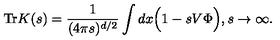
\mathrm { T r } K ( s ) = \frac { 1 } { ( 4 \pi s ) ^ { d / 2 } } \int d x \Big ( 1 - s V \Phi \Big ) , s \to \infty .